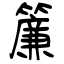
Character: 簾